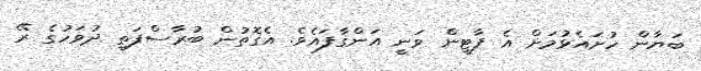
ބަޔާން ހުށައެޅުމަށް އެ ޕާޓީން ވަނީ އަންގާފައެވެ. އެގޮތުން ބުރާސްފަތި ދުވަހުގެ ރޭ